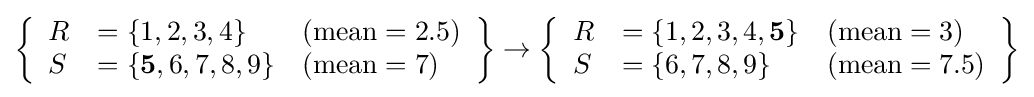
\left\{{\begin{array}{lll}R&=\{1,2,3,4\}&({\text{mean}}=2.5)\\S&=\{{\bf {5}},6,7,8,9\}&({\text{mean}}=7)\end{array}}\right\}\rightarrow \left\{{\begin{array}{lll}R&=\{1,2,3,4,{\bf {5}}\}&({\text{mean}}=3)\\S&=\{6,7,8,9\}&({\text{mean}}=7.5)\end{array}}\right\}